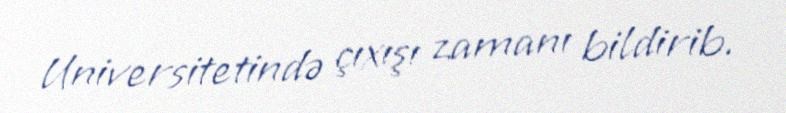
Universitetində çıxışı zamanı bildirib.